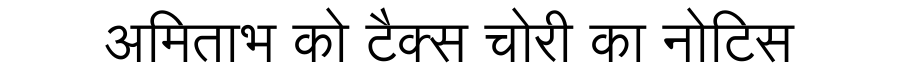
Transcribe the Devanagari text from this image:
अमिताभ को टैक्स चोरी का नोटिस